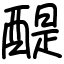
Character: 醍